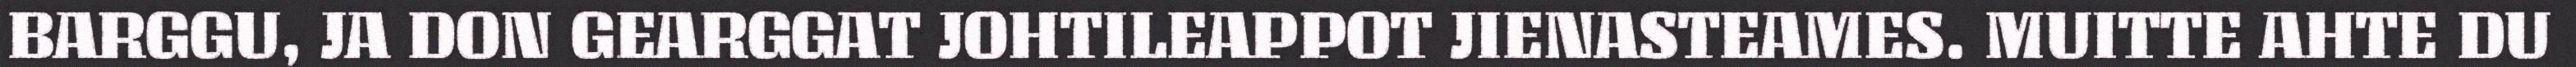
BARGGU, JA DON GEARGGAT JOHTILEAPPOT JIENASTEAMES. MUITTE AHTE DU